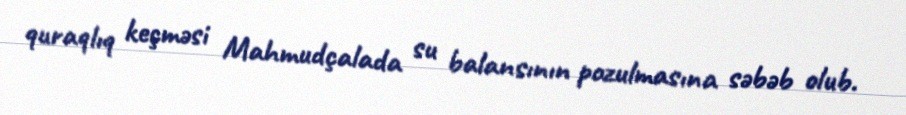
quraqlıq keçməsi Mahmudçalada su balansının pozulmasına səbəb olub.